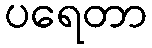
ပရေတာ